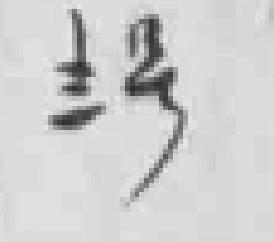
*号